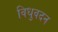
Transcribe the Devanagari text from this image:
विधुवदन